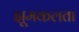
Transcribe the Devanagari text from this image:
झूमकलता